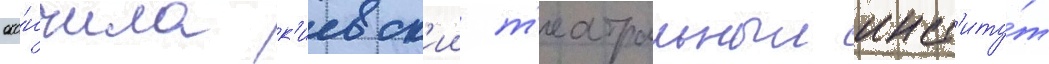
око́нчила к'иевск'ии т'еатральныи инст'иту́т